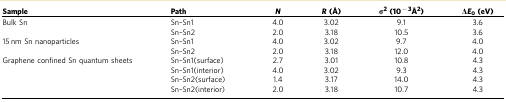
<table><thead><tr><td><b>Sample</b></td><td><b>Path</b></td><td><b><i>N</i></b></td><td><b><i>R</i> (Å)</b></td><td><b>σ<sup>2</sup> (10<sup>−3</sup>Å<sup>2</sup>)</b></td><td><b>Δ<i>E</i><sub>0</sub> (eV)</b></td></tr></thead><tbody><tr><td>Bulk Sn</td><td>Sn–Sn1</td><td>4.0</td><td>3.02</td><td>9.1</td><td>3.6</td></tr><tr><td> </td><td>Sn–Sn2</td><td>2.0</td><td>3.18</td><td>10.5</td><td>3.6</td></tr><tr><td>15 nm Sn nanoparticles</td><td>Sn–Sn1</td><td>4.0</td><td>3.02</td><td>9.7</td><td>4.0</td></tr><tr><td> </td><td>Sn–Sn2</td><td>2.0</td><td>3.18</td><td>12.0</td><td>4.0</td></tr><tr><td>Graphene confined Sn quantum sheets</td><td>Sn–Sn1(surface)</td><td>2.7</td><td>3.01</td><td>10.8</td><td>4.3</td></tr><tr><td> </td><td>Sn–Sn1(interior)</td><td>4.0</td><td>3.02</td><td>9.3</td><td>4.3</td></tr><tr><td> </td><td>Sn–Sn2(surface)</td><td>1.4</td><td>3.17</td><td>14.0</td><td>4.3</td></tr><tr><td> </td><td>Sn–Sn2(interior)</td><td>2.0</td><td>3.18</td><td>10.7</td><td>4.3</td></tr></tbody></table>